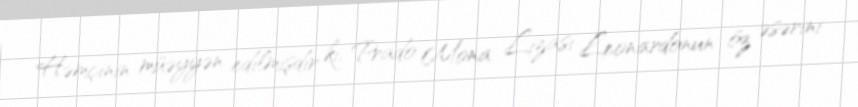
Həmçinin müəyyən edilmişdir ki, Prado Mona Lizası Leonardonun öz əsərini